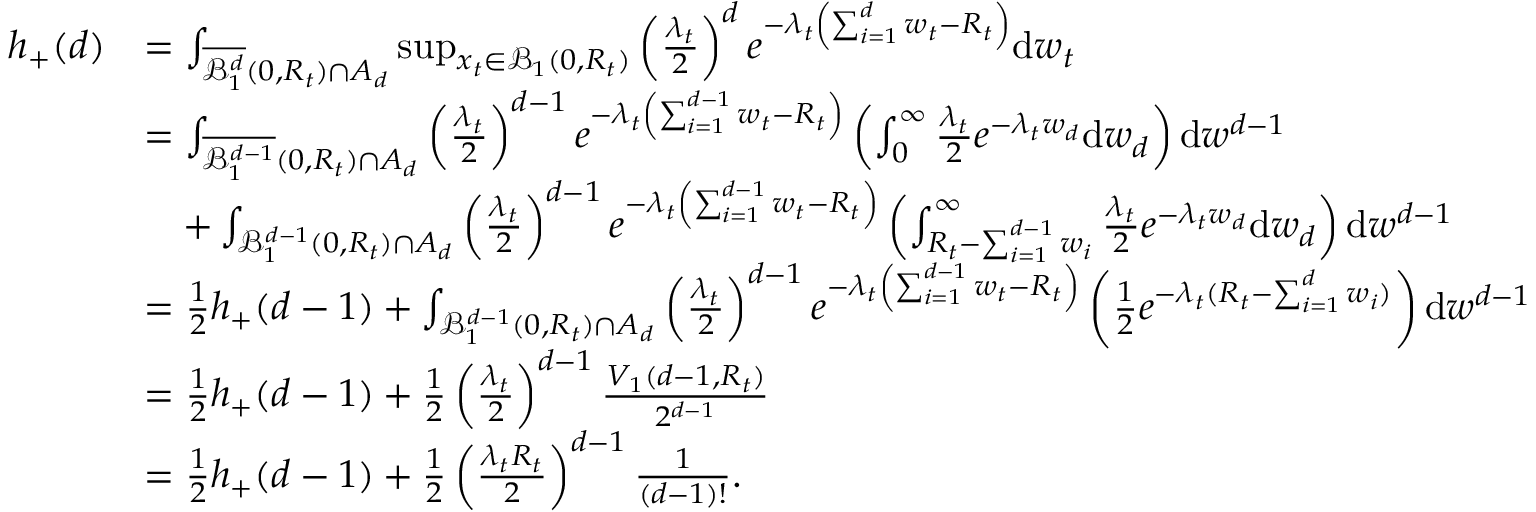
\begin{array} { r l } { h _ { + } ( d ) } & { = \int _ { \overline { { \mathcal { B } _ { 1 } ^ { d } } } ( 0 , R _ { t } ) \cap A _ { d } } \operatorname* { s u p } _ { x _ { t } \in \mathcal { B } _ { 1 } ( 0 , R _ { t } ) } \left( \frac { \lambda _ { t } } { 2 } \right) ^ { d } e ^ { - \lambda _ { t } \left( \sum _ { i = 1 } ^ { d } w _ { t } - R _ { t } \right) } \mathrm { d } w _ { t } } \\ & { = \int _ { \overline { { \mathcal { B } _ { 1 } ^ { d - 1 } } } ( 0 , R _ { t } ) \cap A _ { d } } \left( \frac { \lambda _ { t } } { 2 } \right) ^ { d - 1 } e ^ { - \lambda _ { t } \left( \sum _ { i = 1 } ^ { d - 1 } w _ { t } - R _ { t } \right) } \left( \int _ { 0 } ^ { \infty } \frac { \lambda _ { t } } { 2 } e ^ { - \lambda _ { t } w _ { d } } \mathrm { d } w _ { d } \right) \mathrm { d } w ^ { d - 1 } } \\ & { \quad + \int _ { { \mathcal { B } _ { 1 } ^ { d - 1 } } ( 0 , R _ { t } ) \cap A _ { d } } \left( \frac { \lambda _ { t } } { 2 } \right) ^ { d - 1 } e ^ { - \lambda _ { t } \left( \sum _ { i = 1 } ^ { d - 1 } w _ { t } - R _ { t } \right) } \left( \int _ { R _ { t } - \sum _ { i = 1 } ^ { d - 1 } w _ { i } } ^ { \infty } \frac { \lambda _ { t } } { 2 } e ^ { - \lambda _ { t } w _ { d } } \mathrm { d } w _ { d } \right) \mathrm { d } w ^ { d - 1 } } \\ & { = \frac { 1 } { 2 } h _ { + } ( d - 1 ) + \int _ { { \mathcal { B } _ { 1 } ^ { d - 1 } } ( 0 , R _ { t } ) \cap A _ { d } } \left( \frac { \lambda _ { t } } { 2 } \right) ^ { d - 1 } e ^ { - \lambda _ { t } \left( \sum _ { i = 1 } ^ { d - 1 } w _ { t } - R _ { t } \right) } \left( \frac { 1 } { 2 } e ^ { - \lambda _ { t } ( R _ { t } - \sum _ { i = 1 } ^ { d } w _ { i } ) } \right) \mathrm { d } w ^ { d - 1 } } \\ & { = \frac { 1 } { 2 } h _ { + } ( d - 1 ) + \frac { 1 } { 2 } \left( \frac { \lambda _ { t } } { 2 } \right) ^ { d - 1 } \frac { V _ { 1 } ( d - 1 , R _ { t } ) } { 2 ^ { d - 1 } } } \\ & { = \frac { 1 } { 2 } h _ { + } ( d - 1 ) + \frac { 1 } { 2 } \left( \frac { \lambda _ { t } R _ { t } } { 2 } \right) ^ { d - 1 } \frac { 1 } { ( d - 1 ) ! } . } \end{array}